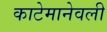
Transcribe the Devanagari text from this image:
काटेमानेवली